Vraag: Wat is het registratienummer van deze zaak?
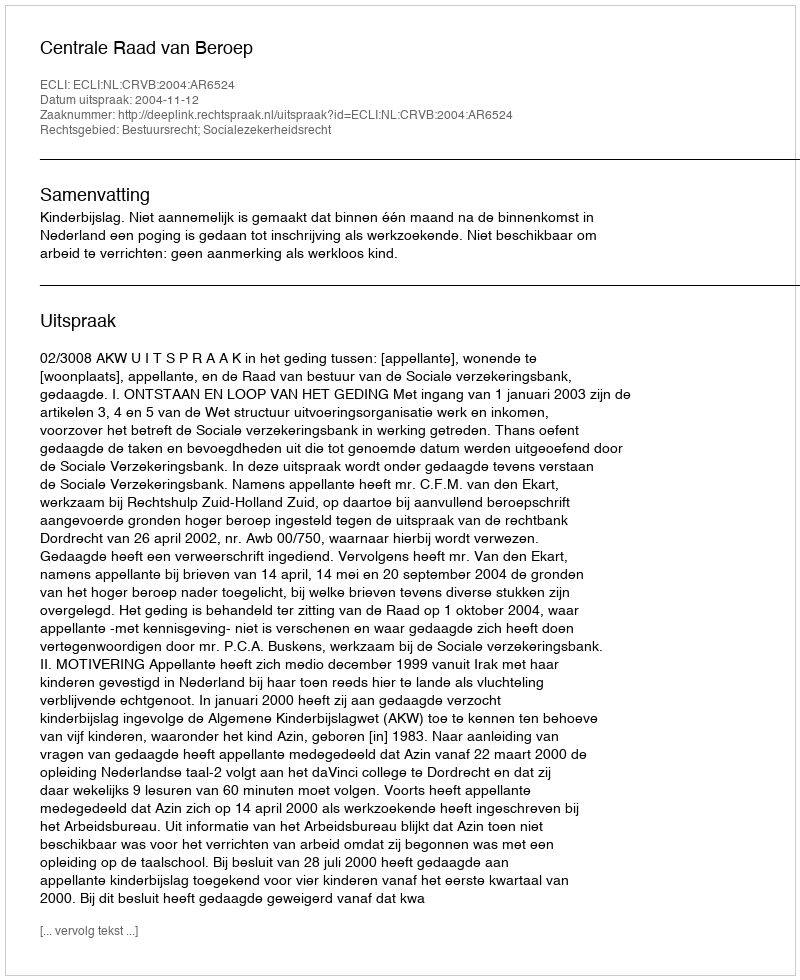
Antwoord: http://deeplink.rechtspraak.nl/uitspraak?id=ECLI:NL:CRVB:2004:AR6524